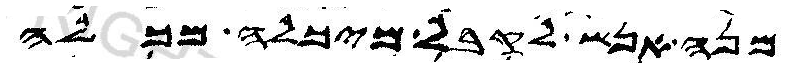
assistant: מנה אנש לקבל מיכלה מכלה